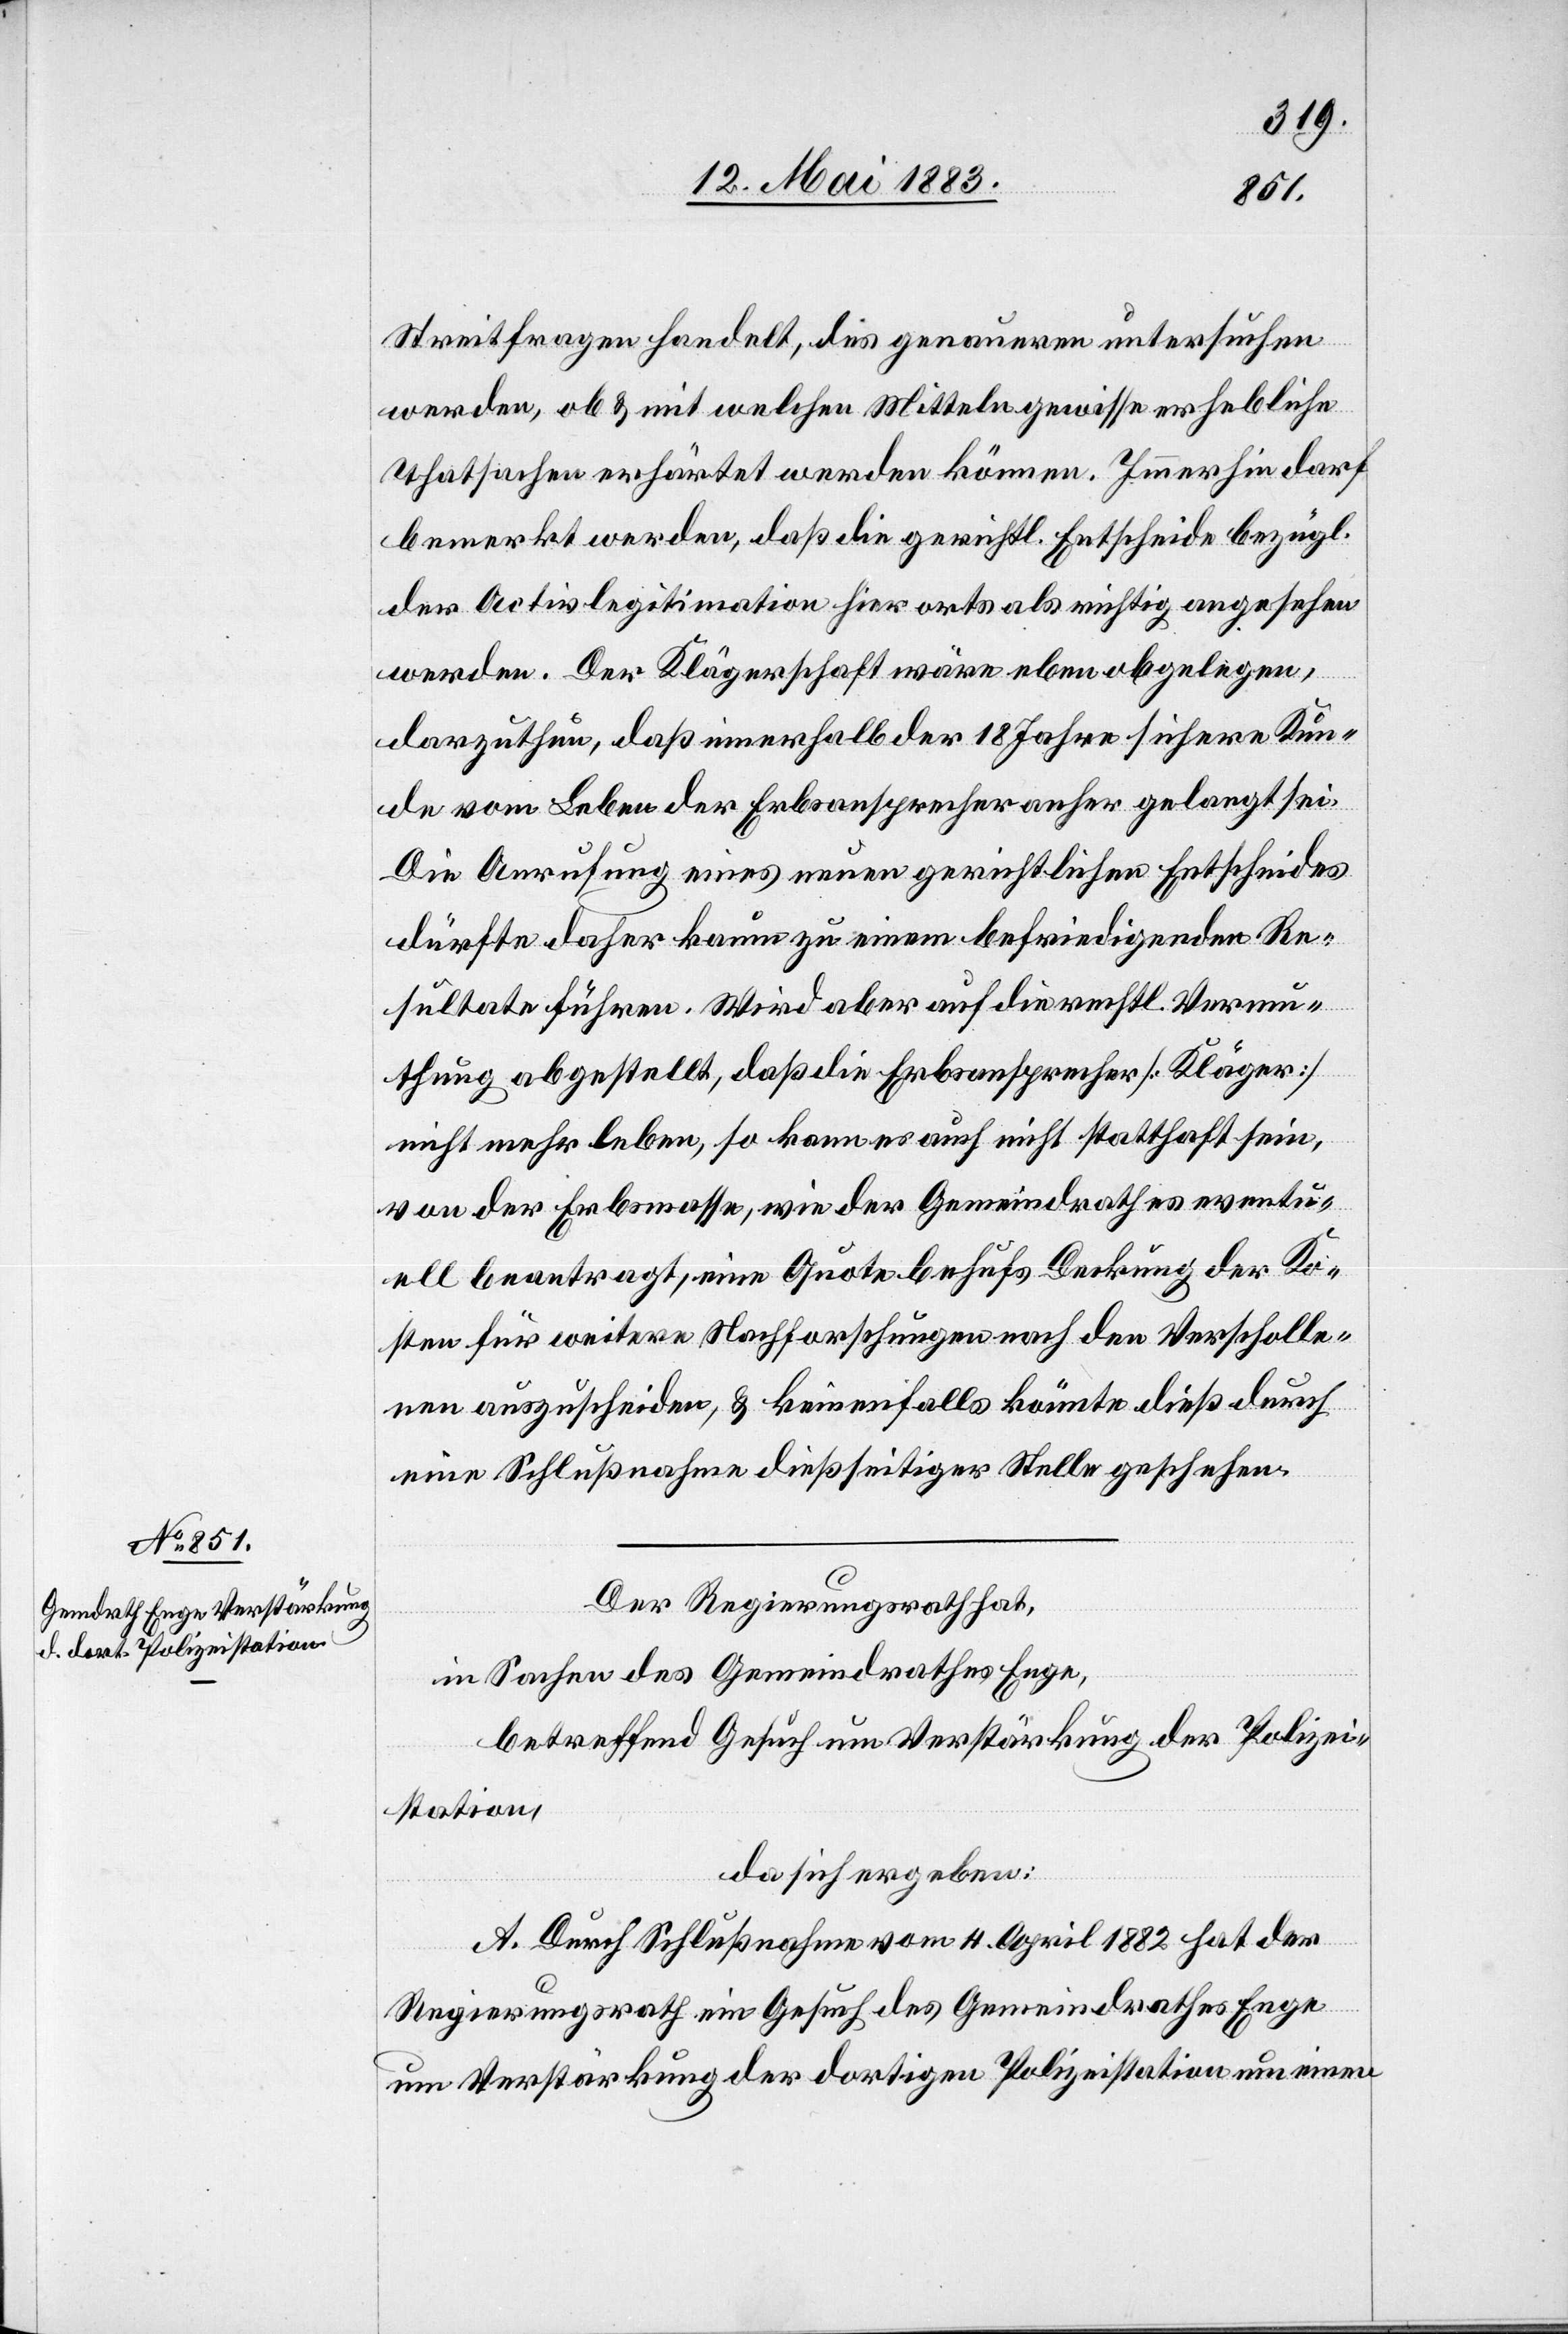
Streitfragen handelt, die genaueren untersuchen
werden, ob & mit welchen Mitteln gewisse erhebliche
Thatsachen erhärtet werden können. Immerhin darf
bemerkt werden, daß die gerichtl. Entscheide bezügl.
der Activlegitimation hierorts als richtig angesehen
werden. Der Klägerschaft wäre eben obgelegen,
darzuthun, daß innerhalb der 18 Jahre sichere Kun¬
de vom Leben der Erbsansprecher anher gelangt sei.
Die Anrufung eines neuen gerichtlichen Entscheides
dürfte daher kaum zu einem befriedigenden Re¬
sultate führen. Wird aber auf die rechtl. Vermu¬
thung abgestellt, daß die Erbsansprucher [Kläger]
nicht mehr leben, so kann es auch nicht statthaft sein,
von der Erbmasse, wie der Gemeindrath es eventu¬
ell beantragt, eine Quote behufs Deckung der Ko¬
sten für weitere Nachforschungen nach den Verscholle¬
nen auszuschneiden, & keinenfalls könnte dieß durch
eine Schlußnahme dießseitiger Stelle geschehen.
Der Regierungsrath hat,
in Sachen des Gemeindrathes Enge,
betreffend Gesuch um Verstärkung der Polizei¬
station,
da sich ergeben:
A. Durch Schlußnahme vom 4. April 1882 hat der
Regierungsrath ein Gesuch des Gemeindrathes Enge
um Verstärkung der dortigen Polizeistation um einen